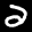
Label: 2